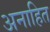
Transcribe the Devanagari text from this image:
अनाहित